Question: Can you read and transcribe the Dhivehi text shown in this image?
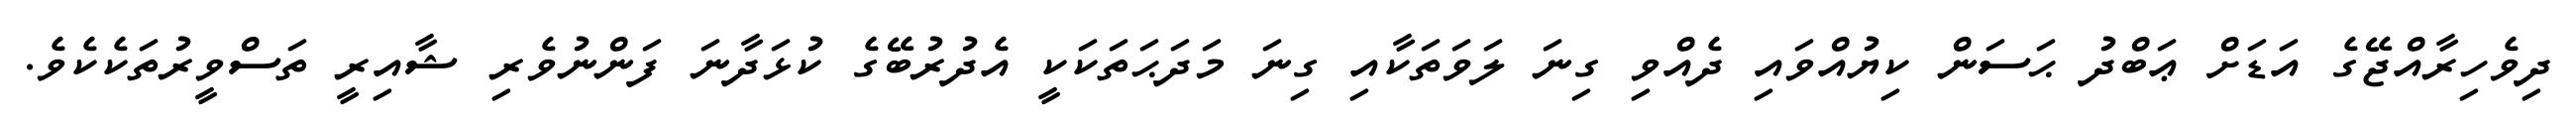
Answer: ދިވެހިރާއްޖޭގެ އަޑަށް ޢަބްދު ޙަސަން ކިޔުއްވައި ދެއްވި ގިނަ ލަވަތަކާއި ގިނަ މަދަޙަތަކަކީ އެދުރުބޭގެ ކުޅަދާނަ ފަންނުވެރި ޝާއިރީ ތަސްވީރުތަކެކެވެ.